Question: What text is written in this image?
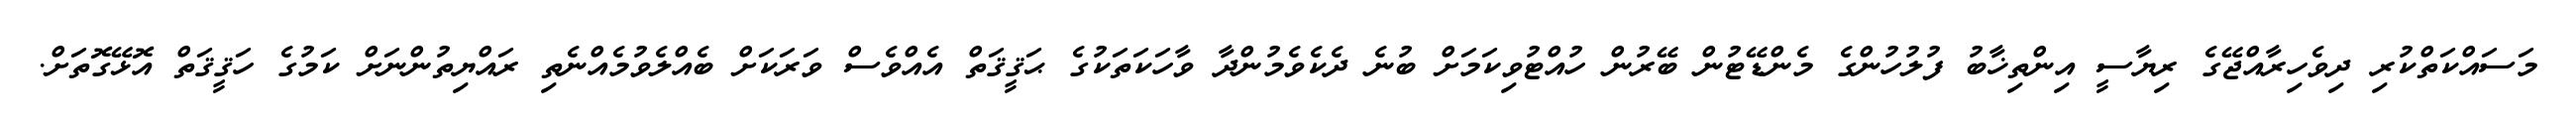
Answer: މަސައްކަތްކުރި ދިވެހިރާއްޖޭގެ ރިޔާސީ އިންތިޚާބު ފުލުހުންގެ މެންޑޭޓުން ބޭރުން ހުއްޓުވިކަމަށް ބުނެ ދެކެވެމުންދާ ވާހަކަތަކުގެ ޙަޤީޤަތް އެއްވެސް ވަރަކަށް ބެއްލެވުމެއްނެތި ރައްޔިތުންނަށް ކަމުގެ ހަޤީޤަތް އޮޅޭގޮތަށް.